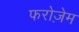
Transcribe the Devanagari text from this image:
फरोज़ेम